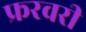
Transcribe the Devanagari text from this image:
फ्ररवरी